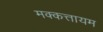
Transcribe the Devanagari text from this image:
मक्कत्तायम